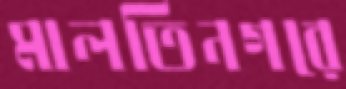
মালতিনগরে